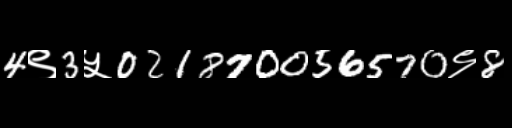
Text: 4९3५021870056570९8